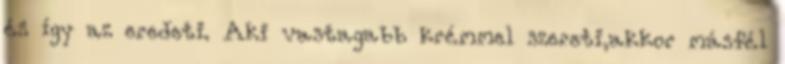
és így az eredeti. Aki vastagabb krémmel szereti,akkor másfél